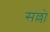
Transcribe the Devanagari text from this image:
सल्लो